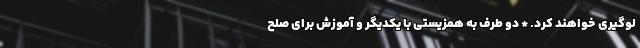
لوگیری خواهند کرد. * دو طرف به همزیستی با یکدیگر و آموزش برای صلح